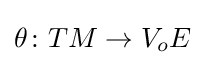
\theta \colon TM\to V_{o}E